Lunatic asylums Central Provinces reports 1910-1926 - 1910-1926
Year: 1910
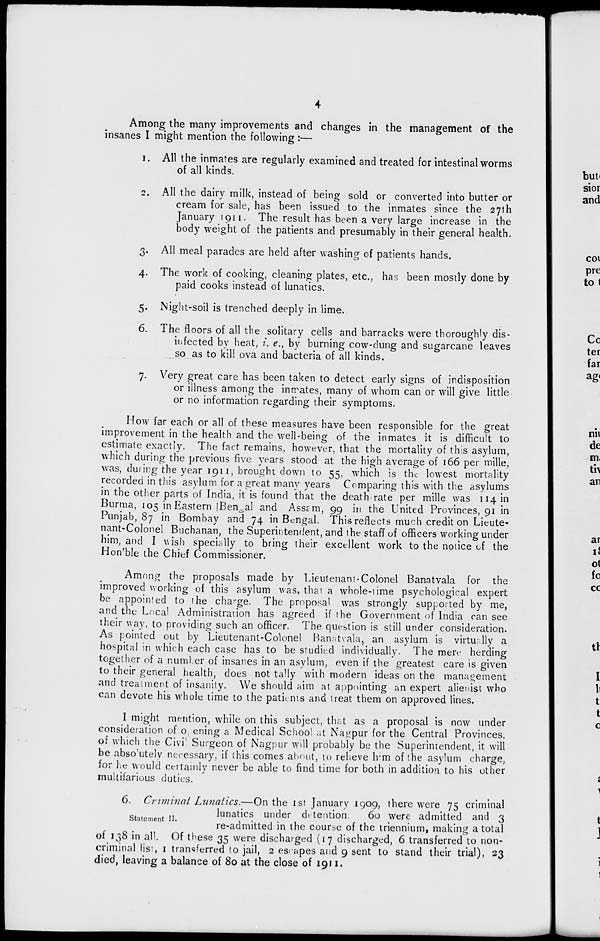
4
Among the many improvements and changes in the management of the
insanes I might mention the following :—
I. All the inmates are regularly examined and treated for intestinal worms
of all kinds.
2. All the dairy milk, instead of being sold or converted into butter or
cream for sale, has been issued to the inmates since the 27th
January 1911. The result has been a very large increase in the
body weight of the patients and presumably in their general health.
3. All meal parades are held after washing of patients hands.
4. The work of cooking, cleaning plates, etc., has been mostly done by
paid cooks instead of lunatics.
5. Night-soil is trenched deeply in lime.
6. The floors of all the solitary cells and barracks were thoroughly dis-
infected by heat, i. e., by burning cow-dung and sugarcane leaves
so as to kill ova and bacteria of all kinds.
7. Very great care has been taken to detect early signs of indisposition
or illness among the inmates, many of whom can or will give little
or no information regarding their symptoms.
How far each or all of these measures have been responsible for the great
improvement in the health and the well-being of the inmates it is difficult to
estimate exactly. The fact remains, however, that the mortality of this asylum,
which during the previous five years stood at the high average of 166 per mille,
was, during the year 1911, brought down to 55, which is the lowest mortality
recorded in this asylum for a great many years Comparing this with the asylums
in the other parts of India, it is found that the death rate per mille was 114 in
Burma, 105 in Eastern Bengal and Assam, 99 in the United Provinces, 91 in
Punjab, 87 in Bombay and 74 in Bengal. This reflects much credit on Lieute-
nant-Colonel Buchanan, the Superintendent, and the staff of officers working under
him, and I wish specially to bring their excellent work to the notice of the
Hon'ble the Chief Commissioner.
Among the proposals made by Lieutenant-Colonel Banatvala for the
improved working of this asylum was, that a whole-time psychological expert
be appointed to the charge. The proposal was strongly supported by me,
and the Local Administration has agreed if the Government of India can see
their way, to providing such an officer. The question is still under consideration.
As pointed out by Lieutenant-Colonel Banatvala, an asylum is virtually a
hospital in which each case has to be studied individually. The mere herding
together of a number of insanes in an asylum, even if the greatest care is given
to their general health, does not tally with modern ideas on the management
and treatment of insanity. We should aim at appointing an expert alienist who
can devote his whole time to the patients and treat them on approved lines.
I might mention, while on this subject, that as a proposal is now under
consideration of opening a Medical School at Nagpur for the Central Provinces.
of which the Civil Surgeon of Nagpur will probably be the Superintendent, it will
be absolutely necessary, if this comes about, to relieve him of the asylum charge,
for he would certainly never be able to find time for both in addition to his other
multifarious duties.
Statement II.
6. Criminal Lunatics.—On the 1st January 1909, there were 75 criminal
lunatics under detention.
60 were admitted and 3
re-admitted in the course of the triennium, making a total
of 138 in all. Of these 35 were discharged (17 discharged, 6 transferred to non-
criminal list, 1 transferred to jail, 2 escapes and 9 sent to stand their trial), 23
died, leaving a balance of 80 at the close of 1911.